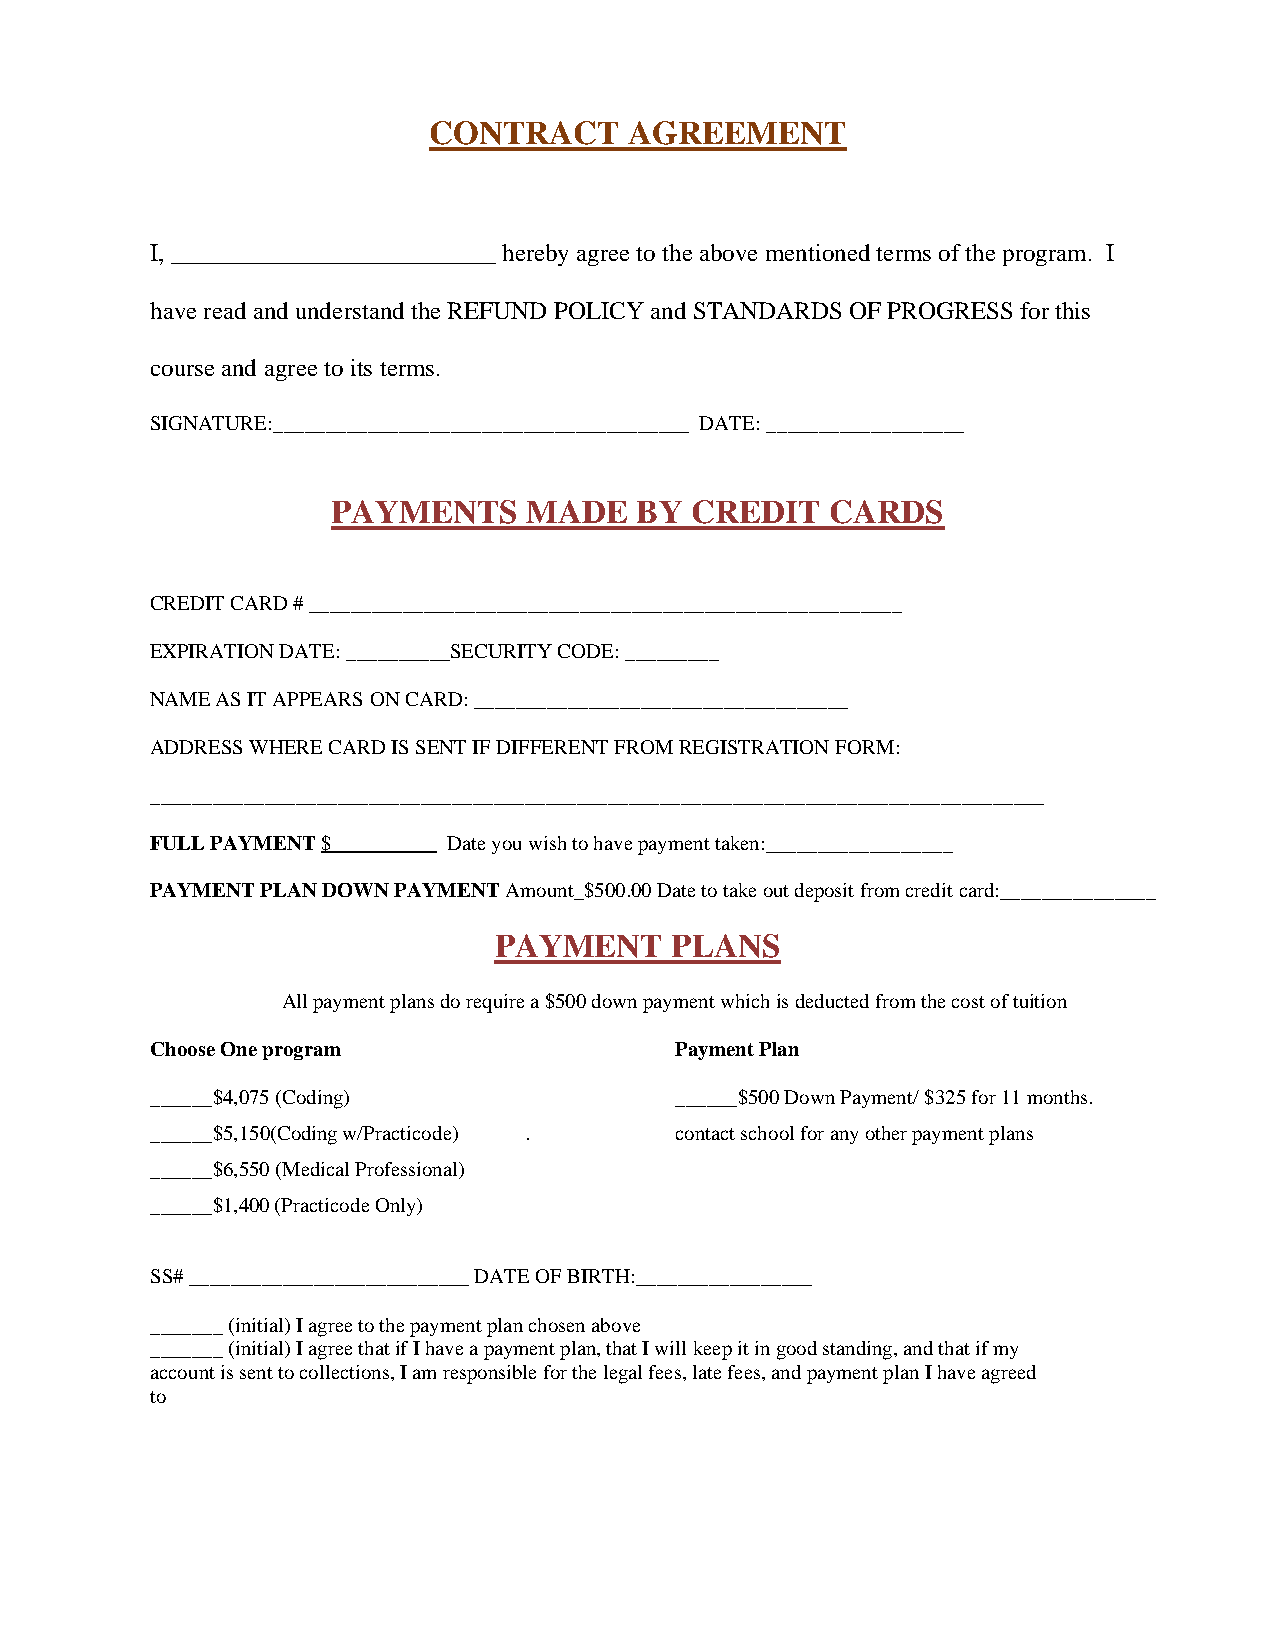
CONTRACT      AGREEMENT
 I, __________________________ hereby agree to the above mentioned terms of the program. I
 have read and understand the REFUND POLICY and STANDARDS OF PROGRESS for this
 course and agree to its terms.
 SIGNATURE:________________________________________ DATE: ___________________
 PAYMENTS     MADE   BY  CREDIT   CARDS
 CREDIT CARD # _________________________________________________________
 EXPIRATION DATE: __________SECURITY CODE: _________
 NAME AS IT APPEARS ON CARD: ____________________________________
 ADDRESS WHERE CARD IS SENT IF DIFFERENT FROM REGISTRATION FORM:
 ______________________________________________________________________________________
 FULL PAYMENT $__________ Date you wish to have payment taken:__________________
 PAYMENT PLAN DOWN PAYMENT Amount_$500.00 Date to take out deposit from credit card:_______________
 PAYMENT    PLANS
 All payment plans do require a $500 down payment which is deducted from the cost of tuition
 Choose One program                 Payment Plan
 ______$4,075 (Coding)              ______$500 Down Payment/ $325 for 11 months.
 ______$5,150(Coding w/Practicode) . contact school for any other payment plans
 ______$6,550 (Medical Professional)
 ______$1,400 (Practicode Only)
 SS# ___________________________ DATE OF BIRTH:_________________
 _______ (initial) I agree to the payment plan chosen above
 _______ (initial) I agree that if I have a payment plan, that I will keep it in good standing, and that if my
 account is sent to collections, I am responsible for the legal fees, late fees, and payment plan I have agreed
 to